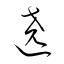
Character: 遶